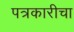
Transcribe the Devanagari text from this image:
पत्रकारीचा